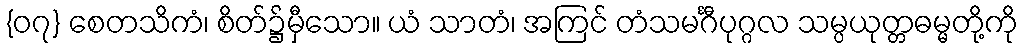
{၀၇} စေတသိကံ၊ စိတ်၌မှီသော။ ယံ သာတံ၊ အကြင် တံသမင်္ဂီပုဂ္ဂလ သမ္ပယုတ္တဓမ္မတို့ကို